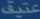
Transcribe